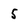
Character: 5